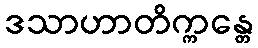
ဒသာဟာတိက္ကန္တေ